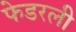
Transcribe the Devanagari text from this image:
फेडरली